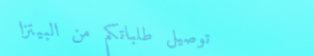
توصيل طلباتكم من البيتزا